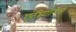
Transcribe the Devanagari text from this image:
एंटीगोनस